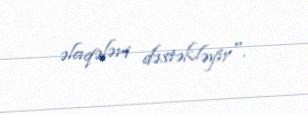
əlaqələri dəstəkləyir".